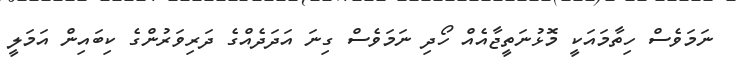
ނަމަވެސް ހިތާމައަކީ މޮޅުނަތީޖާއެއް ހޯދި ނަމަވެސް ގިނަ އަދަދެއްގެ ދަރިވަރުންގެ ކިބައިން އަމަލީ